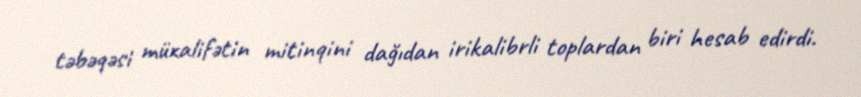
təbəqəsi müxalifətin mitinqini dağıdan irikalibrli toplardan biri hesab edirdi.